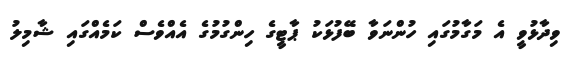
ވިދާޅުވީ އެ މަގާމުގައި ހުންނަވާ ބޭފުޅަކު ޕާޓީގެ ހިންގުމުގެ އެއްވެސް ކަމެއްގައި ޝާމިލު